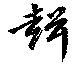
声